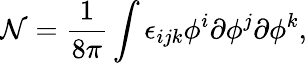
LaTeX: \mathcal{N}=\frac{{1}}{{8\pi}}\int\epsilon_{ijk}\phi^{i}\partial\phi^{j}\partial\phi^{k},